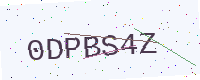
Text: 0DPBS4Z